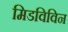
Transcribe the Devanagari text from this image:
मिडविविन